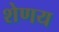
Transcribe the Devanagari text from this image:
शेणय